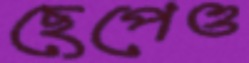
ছেপেও